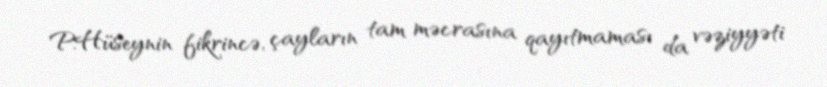
P.Hüseynin fikrincə, çayların tam məcrasına qayıtmaması da vəziyyəti